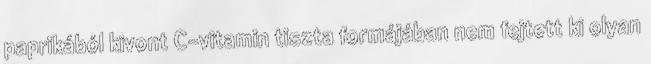
paprikából kivont C-vitamin tiszta formájában nem fejtett ki olyan